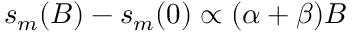
s _ { m } ( B ) - s _ { m } ( 0 ) \propto ( \alpha + \beta ) B